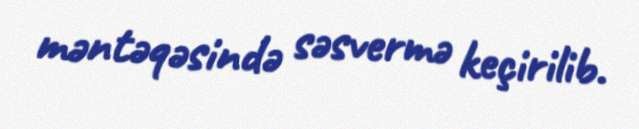
məntəqəsində səsvermə keçirilib.